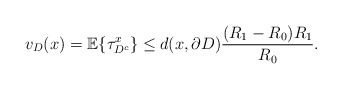
\begin{align*}v_D(x)=\mathbb{E}\{ \tau^x_{D^c}\}\le d(x,\partial D)\frac{(R_1-R_0)R_1}{R_0}.\end{align*}